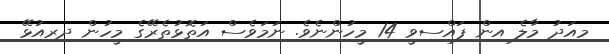
މިއަދު މާލެ އިން ފައްސިވީ 14 މީހުންނެވެ. ނަމަވެސް އަތޮޅުތެރޭގެ މީހުން ދިރިއުޅޭ